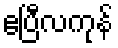
ဧပြီလကုန်